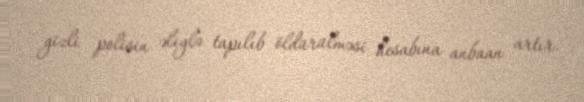
gizli polisin əliylə tapılıb öldürülməsi hesabına anbaan artır.